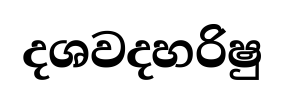
දශවදහරිෂු